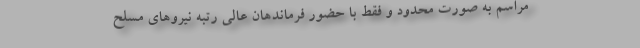
مراسم به صورت محدود و فقط با حضور فرماندهان عالی رتبه نیروهای مسلح